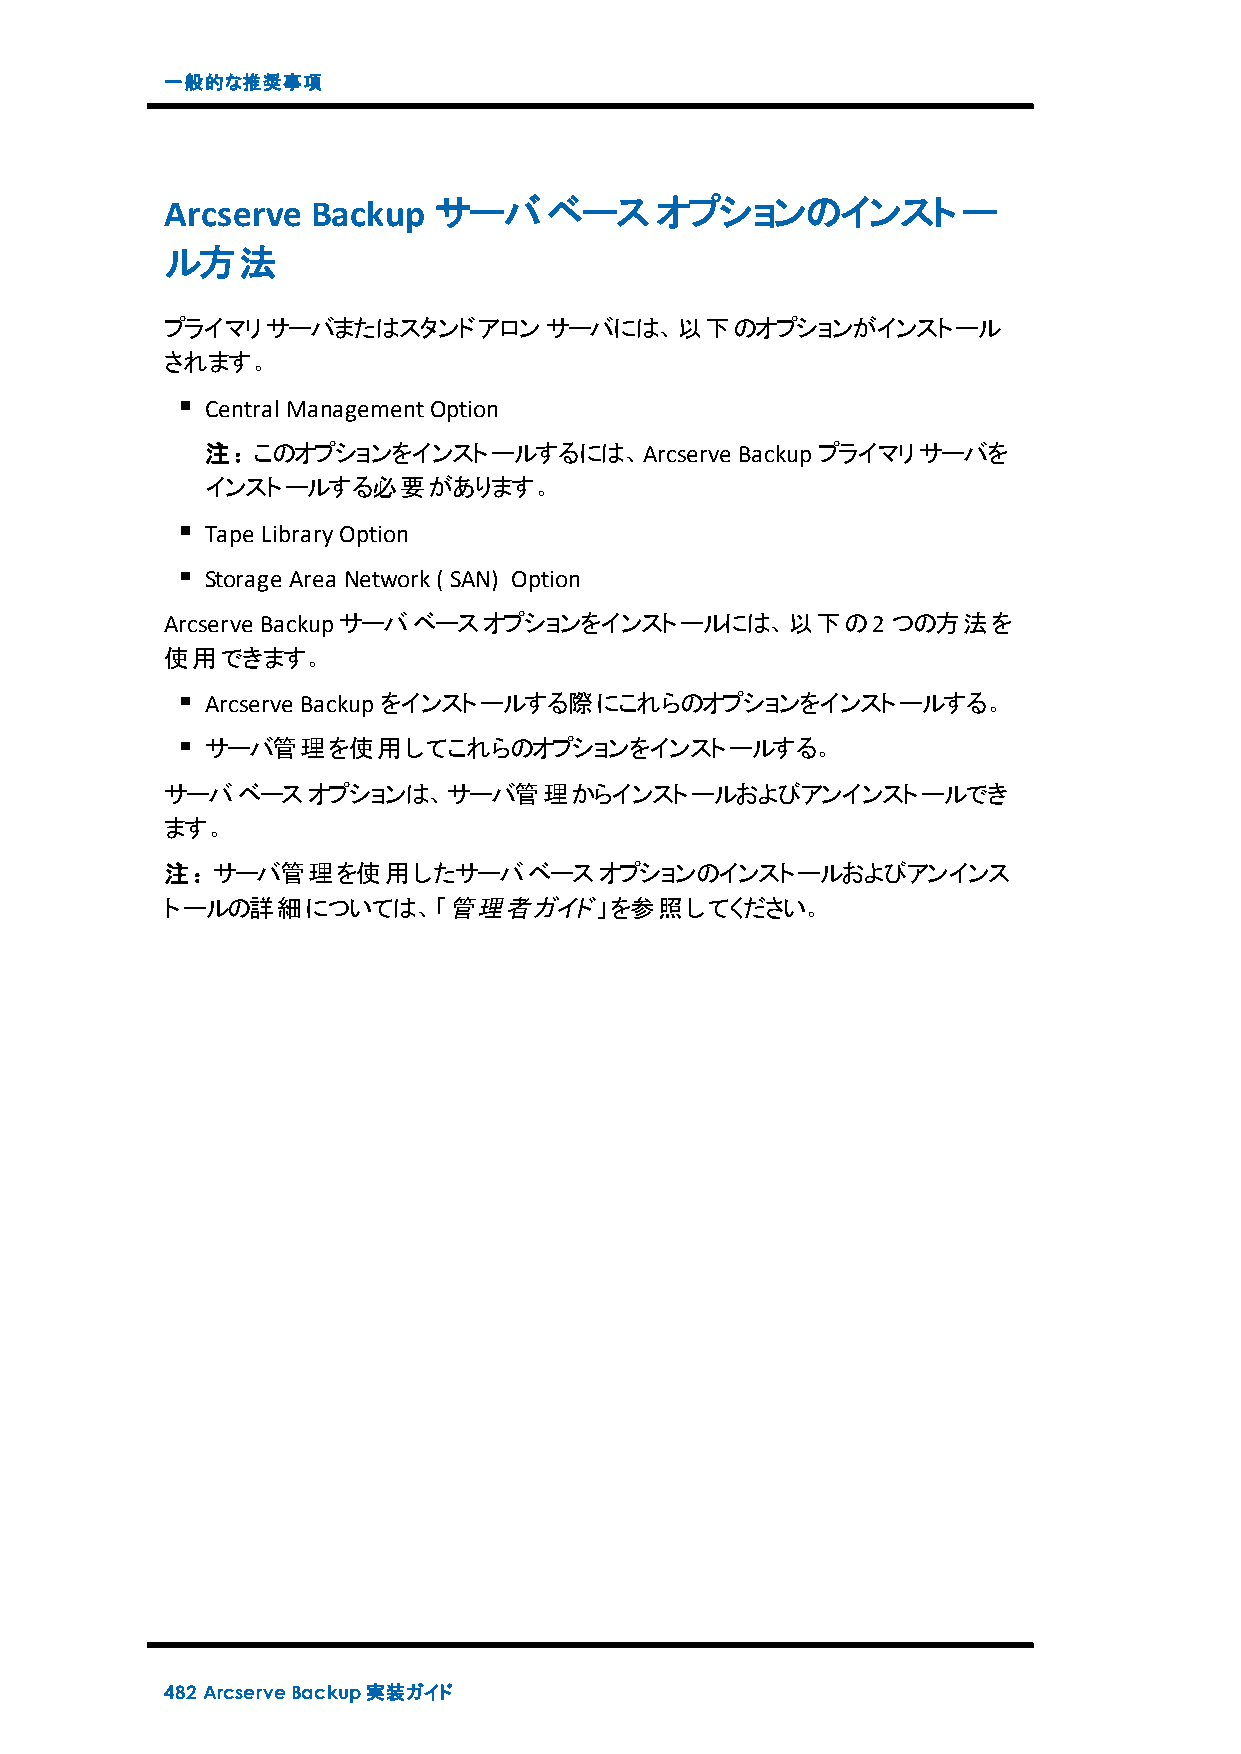
一般的な推奨事項
 Arcserve  Backup  サーバベース        オプションのインストー
 ル方法
 プライマリサーバまたはスタンドアロンサーバには、以下のオプションがインストール
 されます。
 Central ManagementOption
 注：このオプションをインストールするには、Arcserve      Backupプライマリサーバを
 インストールする必要があります。
 Tape LibraryOption
 Storage Area Network( SAN) Option
 Arcserve Backupサーバベースオプションをインストールには、以下の2つの方法を
 使用できます。
 Arcserve Backupをインストールする際にこれらのオプションをインストールする。
 サーバ管理を使用してこれらのオプションをインストールする。
 サーバベースオプションは、サーバ管理からインストールおよびアンインストールでき
 ます。
 注：サーバ管理を使用したサーバベースオプションのインストールおよびアンインス
 トールの詳細については、「管理者ガイド」を参照してください。
 482 ArcserveBackup実装ガイド